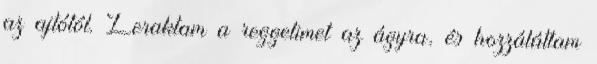
az ajtótól. Leraktam a reggelimet az ágyra, és hozzáláttam